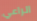
الراعي